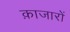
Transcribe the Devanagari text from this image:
क़ाजारों